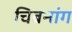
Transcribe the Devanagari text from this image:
चिबनांग